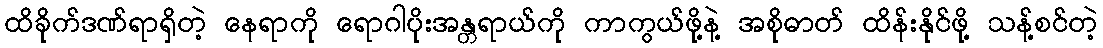
ထိခိုက်ဒဏ်ရာရှိတဲ့ နေရာကို ရောဂါပိုးအန္တရာယ်ကို ကာကွယ်ဖို့နဲ့ အစိုဓာတ် ထိန်းနိုင်ဖို့ သန့်စင်တဲ့